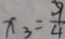
x _ { 3 } = \frac { 9 } { 4 }